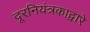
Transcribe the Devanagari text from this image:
दूरनियंत्रकाद्वारे